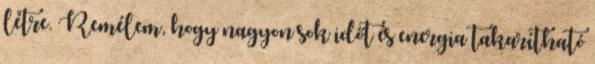
létre. Remélem, hogy nagyon sok időt és energia takarítható